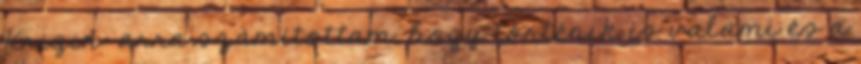
Krigin: arra számítottam, hogy történik is valami és a